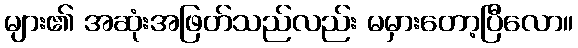
များ၏ အဆုံးအဖြတ်သည်လည်း မမှားတော့ပြီလော။